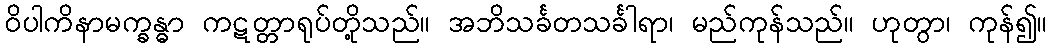
ဝိပါကိနာမက္ခန္ဓာ ကဋတ္တာရုပ်တို့သည်။ အဘိသင်္ခတသင်္ခါရာ၊ မည်ကုန်သည်။ ဟုတွာ၊ ကုန်၍။